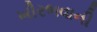
ખીરભવાની